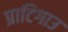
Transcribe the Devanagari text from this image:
प्राटिगाउ